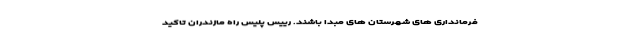
فرمانداری های شهرستان های مبدا باشند. رییس پلیس راه مازندران تاکید